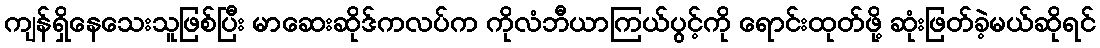
ကျန်ရှိနေသေးသူဖြစ်ပြီး မာဆေးဆိုဒ်ကလပ်က ကိုလံဘီယာကြယ်ပွင့်ကို ရောင်းထုတ်ဖို့ ဆုံးဖြတ်ခဲ့မယ်ဆိုရင်